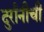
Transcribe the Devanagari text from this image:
दुर्रानीची